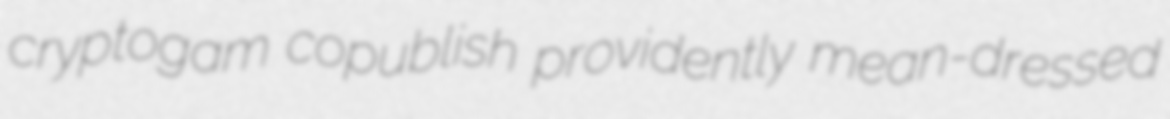
cryptogam copublish providently mean-dressed